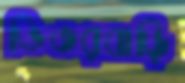
ভিতরবাড়ি